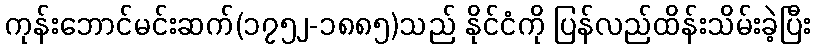
ကုန်းဘောင်မင်းဆက်(၁၇၅၂-၁၈၈၅)သည် နိုင်ငံကို ပြန်လည်ထိန်းသိမ်းခဲ့ပြီး